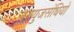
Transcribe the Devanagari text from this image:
जरायुजसंधियों